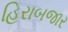
હિરાબજાર